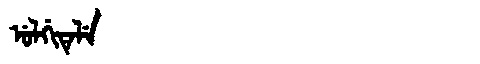
Manchu: ᡠᠯᡤᡳᡨᡝᠯᡝ
Romanization: ULGITELE